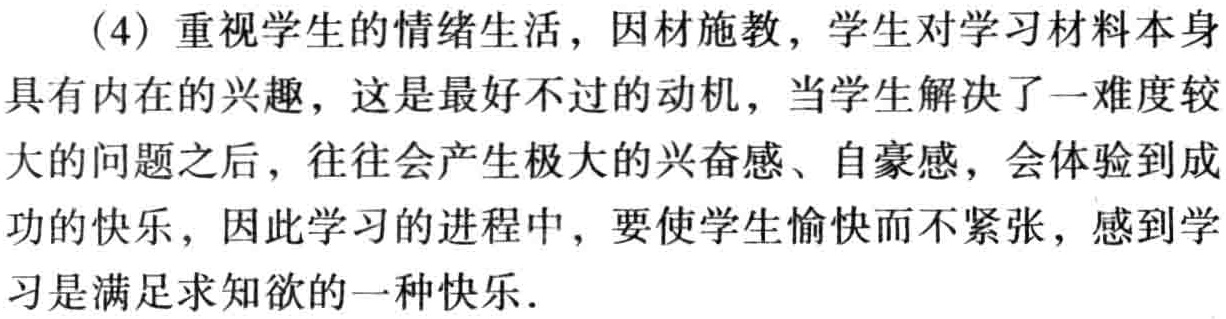
(4) 重视学生的情绪生活，因材施教，学生对学习材料本身具有内在的兴趣，这是最好不过的动机，当学生解决了一难度较大的问题之后，往往会产生极大的兴奋感、自豪感，会体验到成功的快乐，因此学习的进程中，要使学生愉快而不紧张，感到学习是满足求知欲的一种快乐.